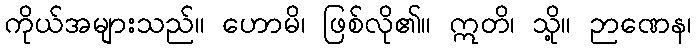
ကိုယ်အများသည်။ ဟောမိ၊ ဖြစ်လို၏။ ဣတိ၊ သို့။ ဉာဏေန၊